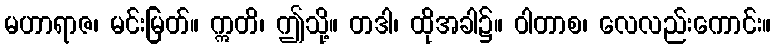
မဟာရာဇ၊ မင်းမြတ်။ ဣတိ၊ ဤသို့။ တဒါ၊ ထိုအခါ၌။ ဝါတာစ၊ လေလည်းကောင်း။